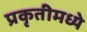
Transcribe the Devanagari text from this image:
प्रकृतीमध्येे